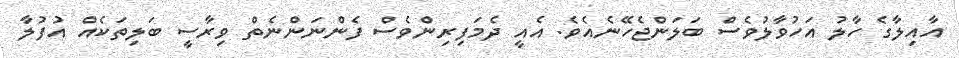
އާއިލާގެ ހާލު އަހުވާލުވެސް ބަލަންޖެހޭނެއެވެ. އެއީ ދެމަފިރިންވެސް ފެންނަންނެތް ވިރާސީ ބަލިތަކެއް އުފުލާ